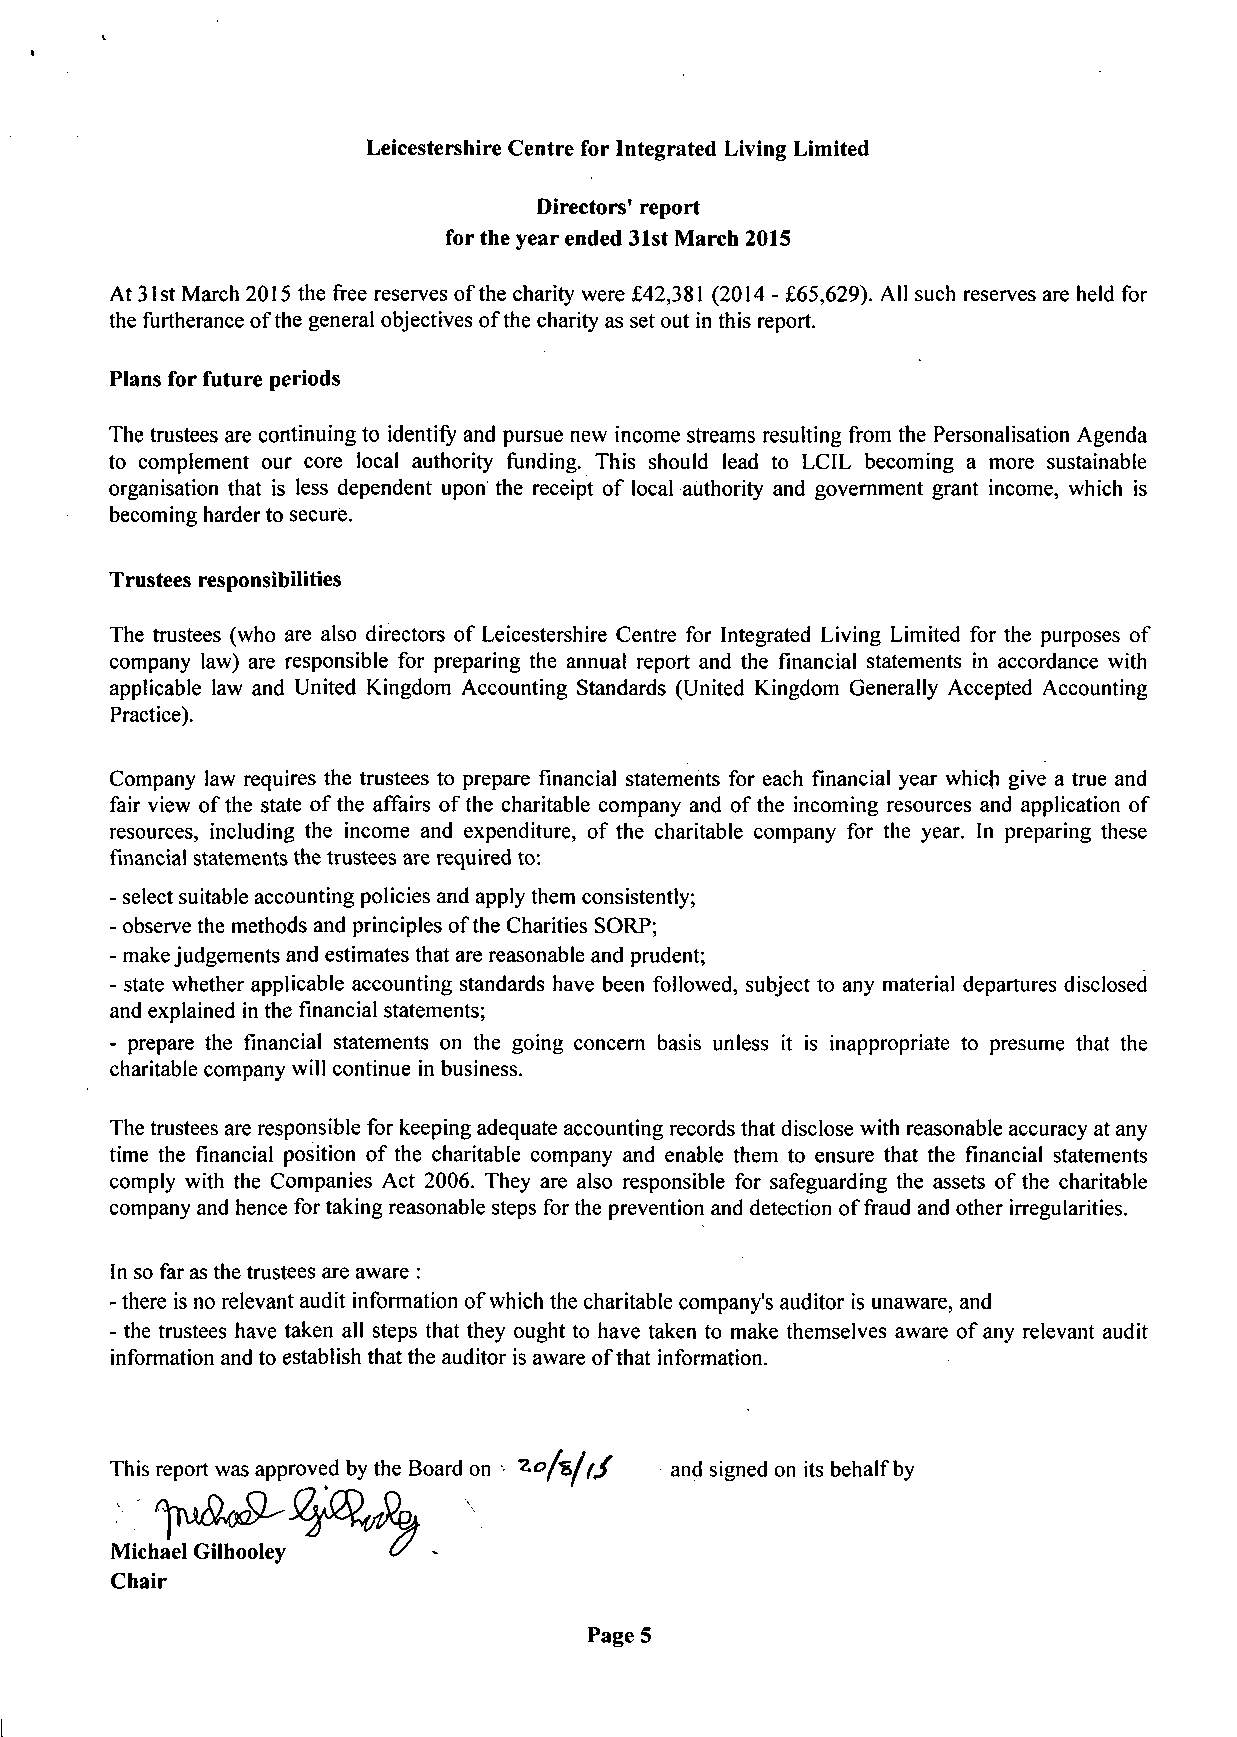
Leicestershire Centre for Integrated Living Limited
 Directors' report
 for the year ended 31st March 2015
 At 31st March 2015 the free reserves of the charity were £42,381 (2014 - £65,629). All such reserves are held for
 the furtherance of the general objectives of the charity as set out in this report.
 Plans for future periods
 The trustees are continuing to identify and pursue new income streams resulting from the Personalisation Agenda
 to complement our core local authority funding. This should lead to LCIL becoming a more sustainable
 organisation that is less dependent upon the receipt of local authority and government grant income, which is
 becoming harder to secure.
 Trustees responsibilities
 The trustees (who are also directors of Leicestershire Centre for Integrated Living Limited for the purposes of
 company law) are responsible for preparing the annual report and the financial statements in accordance with
 applicable law and United Kingdom Accounting Standards (United Kingdom Generally Accepted Accounting
 Practice).
 Company law requires the trustees to prepare financial statements for each financial year which give a true and
 fair view of the state ofthe affairs ofthe charitable company and of the incoming resources and application of
 resources, including the income and expenditure, of the charitable company for the year. In preparing these
 financial statements the trustees are required to:
 - select suitable accounting policies and apply them consistently;
 - observe the methods and principles of the Charities SORP;
 - make judgements and estimates that are reasonable and prudent;
 - state whether applicable accounting standards have been followed, subject to any material departures disclosed
 and explained in the financial statements;
 - prepare the financial statements on the going concern basis unless it is inappropriate to presume that the
 charitable company will continue in business.
 The trustees are responsible for keeping adequate accounting records that disclose with reasonable accuracy at any
 time the financial position of the charitable company and enable them to ensure that the financial statements
 comply with the Companies Act 2006. They are also responsible for safeguarding the assets of the charitable
 company and hence for taking reasonable steps for the prevention and detection of fraud and other irregularities.
 In so far as the trustees are aware :
 - there is no relevant audit information of which the charitable company's auditor is unaware, and
 - the trustees have taken all steps that they ought to have taken to make themselves aware of any relevant audit
 information and to establish that the auditor is aware of that information.
 and signed on its behalf by
 Michael Gilhooley
 Chair
 Page 5